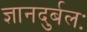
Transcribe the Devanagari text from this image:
ज्ञानदुर्बलः